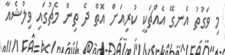
މި ވަގުތު އެނގޭ އެއްޗަކީ ކުރިއަށް އޮތް ދެ ތިން މެޗުގައި ވިލްޝެއާ